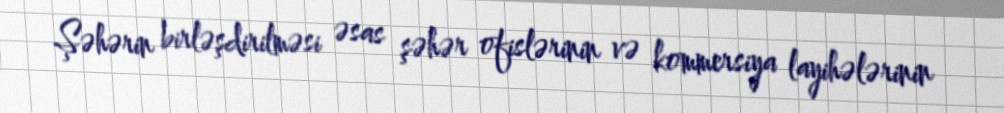
Şəhərin birləşdirilməsi əsas şəhər ofislərinin və kommersiya layihələrinin